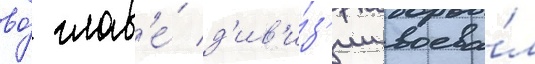
во́ глав'е́ д'ив'и́з'ии воева́л